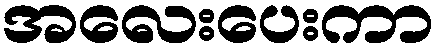
အလေးပေးကာ